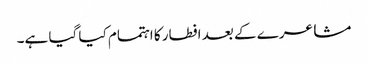
مشاعرے کے بعد افطار کا اہتمام کیا گیا ہے۔